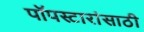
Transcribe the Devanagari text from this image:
पॉपस्टारांसाठी